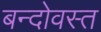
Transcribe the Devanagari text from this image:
बन्दोवस्त